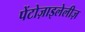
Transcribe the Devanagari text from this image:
पेंटोज़ाइलेलीज़